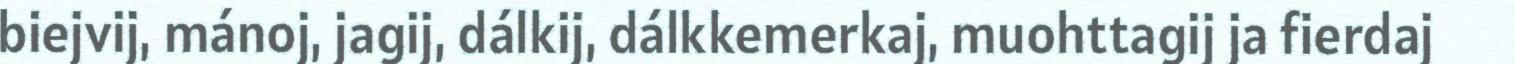
biejvij, mánoj, jagij, dálkij, dálkkemerkaj, muohttagij ja fierdaj